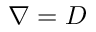
\nabla = D